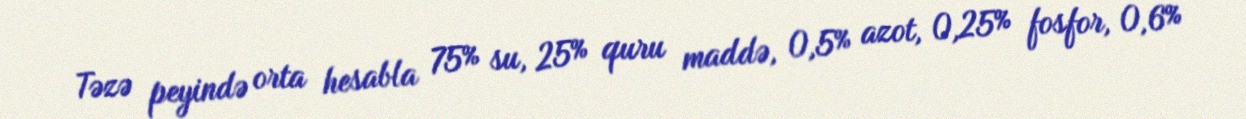
Təzə peyində orta hesabla 75% su, 25% quru maddə, 0,5% azot, 0,25% fosfor, 0,6%